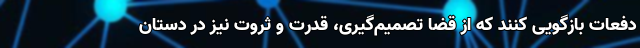
دفعات بازگویی کنند که از قضا تصمیم‌گیری، قدرت و ثروت نیز در دستان